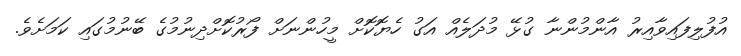
އުފުލިފައިވާއިރު އާންމުންނާ ގުޅޭ މުދަލެއް އަގު ހެޔޮކޮށް މީހުންނަށް ފޯރުކޮށްދިނުމުގެ ބޭނުމުގައި ކަމަށެވެ.